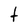
Character: t